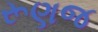
રૂણજ